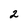
Character: 2